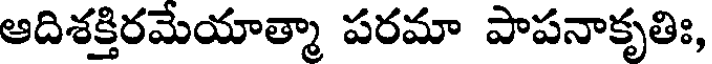
ఆదిశక్తిరమేయాత్మా పరమా పాపనాకృతిః,